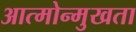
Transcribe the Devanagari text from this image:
आत्मोन्मुखता